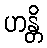
ဟန္တိ